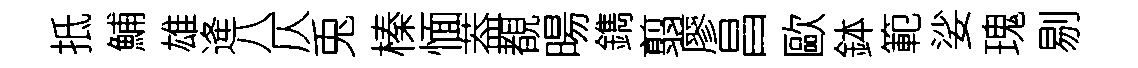
抵鯆雄逄八仄兎榛愐葢覩暘鐫翦廖昌歐鉢範娑瑰剔